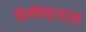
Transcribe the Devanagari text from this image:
पौलीपेप्टाइड्स